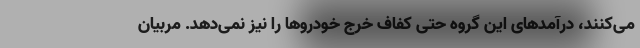
می‌کنند، درآمدهای این گروه حتی کفاف خرج خودروها را نیز نمی‌دهد. مربیان